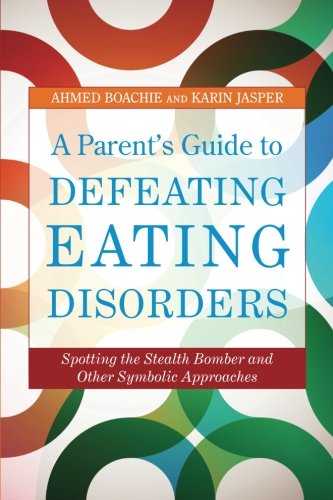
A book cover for A Parent's Guide to Defeating Eating Disorders; Ahmed Boachie; Health, Fitness & Dieting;